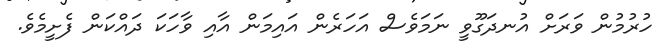
ހުރުމުން ވަރަށް އުނދަގޫވީ ނަމަވެސް އަހަރެން އައިމަން އާއި ވާހަކަ ދައްކަން ފެށީމެވެ.